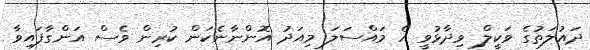
ދައުލަތުގެ ވަކީލް ވިދާޅުވީ އެ މައްސަލަ މިއަދު އޮންނާނެކަން ކުރިން ވެސް އަންގާފައިވާ